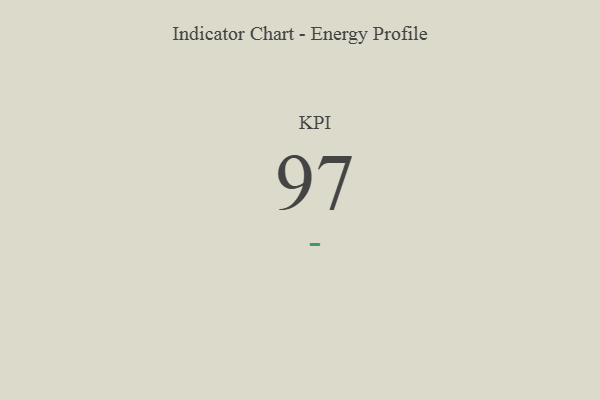
{"axis": {"x": "KPI", "y": "Value"}, "legend": [""], "data": [{"x": "KPI", "y": 97, "type": ""}]}